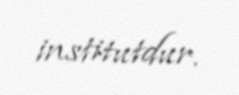
institutdur.